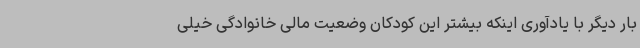
بار دیگر با یادآوری اینکه بیشتر این کودکان وضعیت مالی خانوادگی خیلی